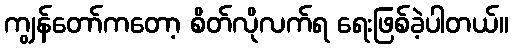
ကျွန်တော်ကတော့ စိတ်လိုလက်ရ ရေးဖြစ်ခဲ့ပါတယ်။